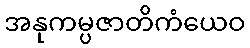
အနုကမ္ပဇာတိကံယေဝ